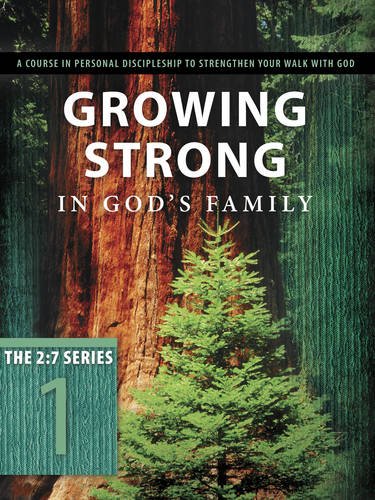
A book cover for Growing Strong in God's Family: A Course in Personal Discipleship to Strengthen Your Walk with God (The 2:7 Series); Christian Books & Bibles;